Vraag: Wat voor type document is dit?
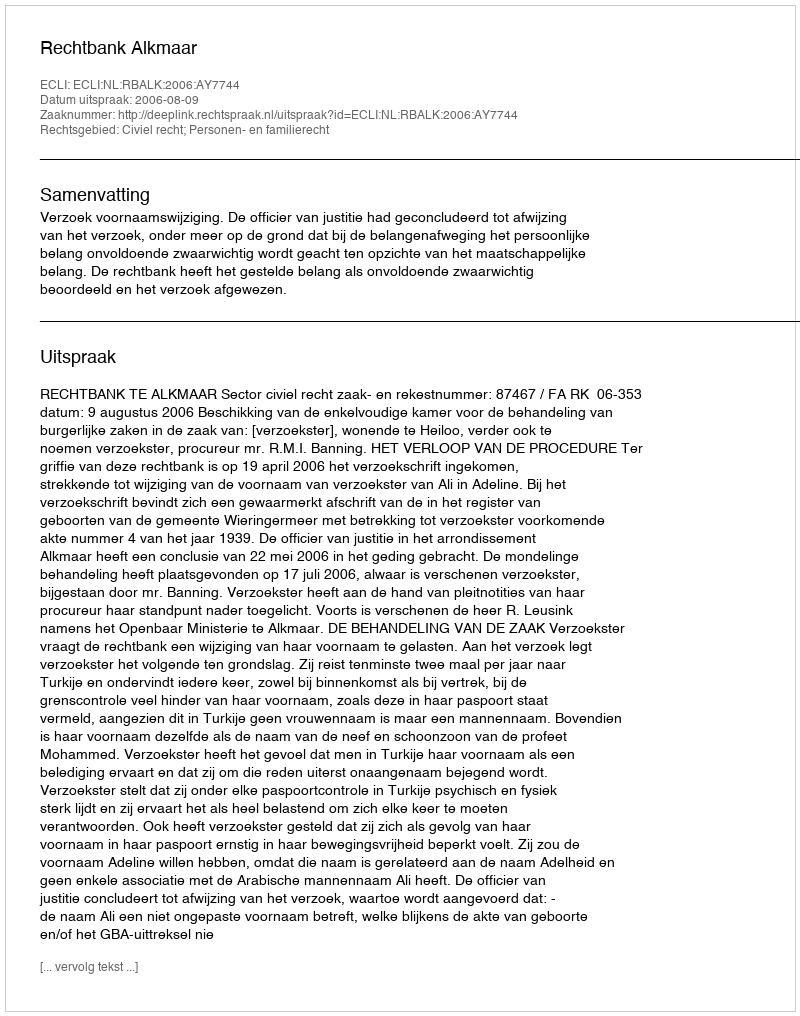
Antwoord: Uitspraak